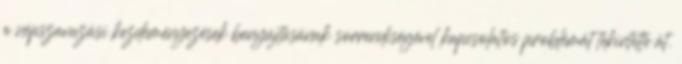
a népszavazási kezdeményezések benyújtásának sorrendiségével kapcsolatos problémát tekintette át.